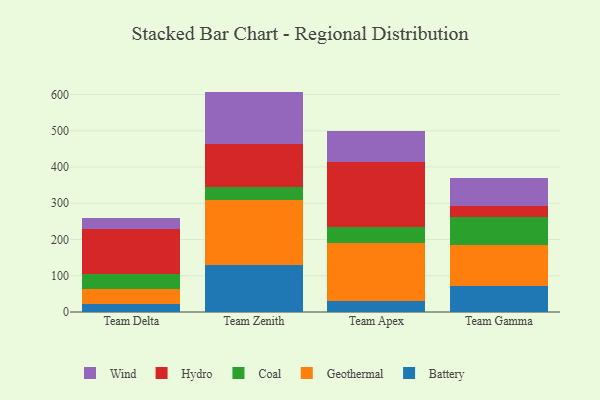
{"axis": {"x": "Team", "y": "Gross Profit (USD K)"}, "legend": ["Battery", "Coal", "Geothermal", "Hydro", "Wind"], "data": [{"x": "Team Delta", "y": 23.3, "type": "Battery"}, {"x": "Team Delta", "y": 40.4, "type": "Geothermal"}, {"x": "Team Delta", "y": 40.1, "type": "Coal"}, {"x": "Team Delta", "y": 123.9, "type": "Hydro"}, {"x": "Team Delta", "y": 31.0, "type": "Wind"}, {"x": "Team Zenith", "y": 130.5, "type": "Battery"}, {"x": "Team Zenith", "y": 178.4, "type": "Geothermal"}, {"x": "Team Zenith", "y": 34.9, "type": "Coal"}, {"x": "Team Zenith", "y": 119.9, "type": "Hydro"}, {"x": "Team Zenith", "y": 144.4, "type": "Wind"}, {"x": "Team Apex", "y": 31.6, "type": "Battery"}, {"x": "Team Apex", "y": 159.0, "type": "Geothermal"}, {"x": "Team Apex", "y": 43.5, "type": "Coal"}, {"x": "Team Apex", "y": 178.5, "type": "Hydro"}, {"x": "Team Apex", "y": 87.5, "type": "Wind"}, {"x": "Team Gamma", "y": 72.3, "type": "Battery"}, {"x": "Team Gamma", "y": 112.3, "type": "Geothermal"}, {"x": "Team Gamma", "y": 77.1, "type": "Coal"}, {"x": "Team Gamma", "y": 31.0, "type": "Hydro"}, {"x": "Team Gamma", "y": 76.8, "type": "Wind"}]}